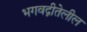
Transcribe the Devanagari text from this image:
भगवद्गीतेलील